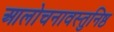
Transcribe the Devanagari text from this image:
आलोचनावस्तुनिष्ठ